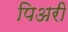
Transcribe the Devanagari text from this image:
पिअरी